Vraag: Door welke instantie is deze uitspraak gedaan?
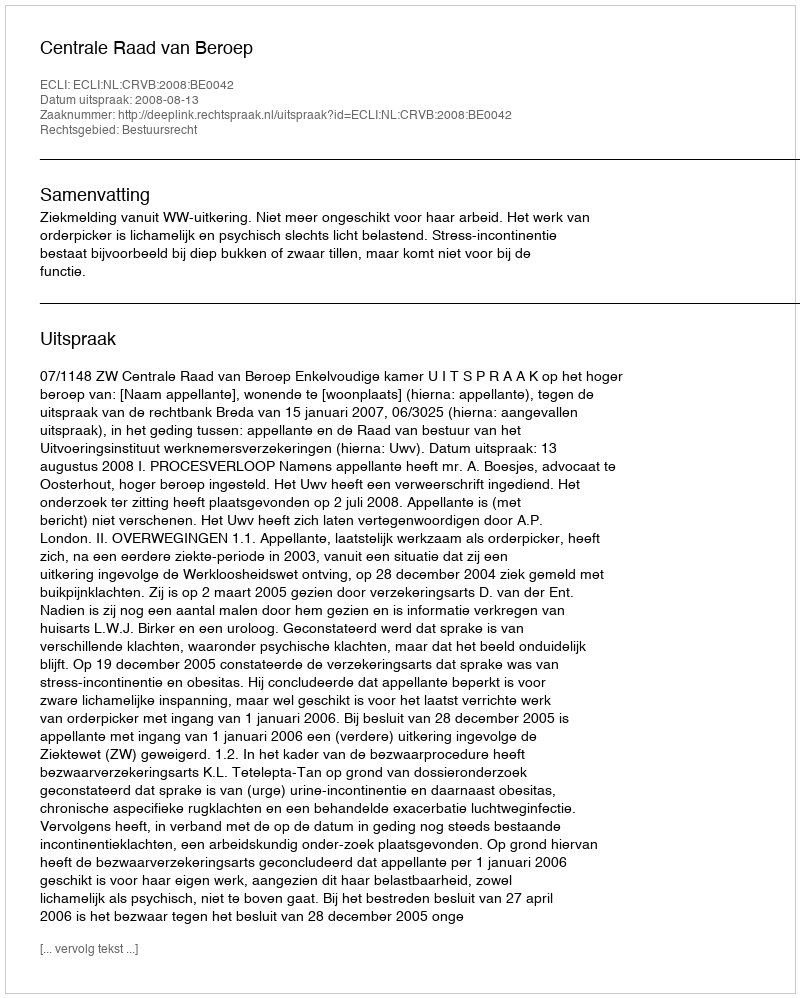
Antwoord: Centrale Raad van Beroep